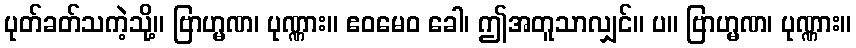
ပုတ်ခတ်သကဲ့သို့။ ဗြာဟ္မဏ၊ ပုဏ္ဏား။ ဧဝမေဝ ခေါ၊ ဤအတူသာလျှင်။ ပ။ ဗြာဟ္မဏ၊ ပုဏ္ဏား။